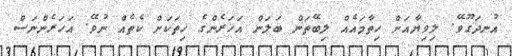
އުނދަގޫވޭ. ލިވިޔާއަށް ހިތާމައެއް ލިބޭތަން ބަލަން އަހަރެންގެ ހިތަކަށް ކެތެއް ނުވޭ. އަހަރެންނަސް